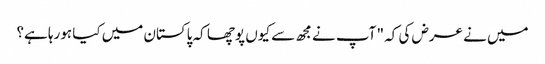
میں نے عرض کی کہ " آپ نے مجھ سے کیوں پوچھا کہ پاکستان میں کیا ہورہا ہے؟